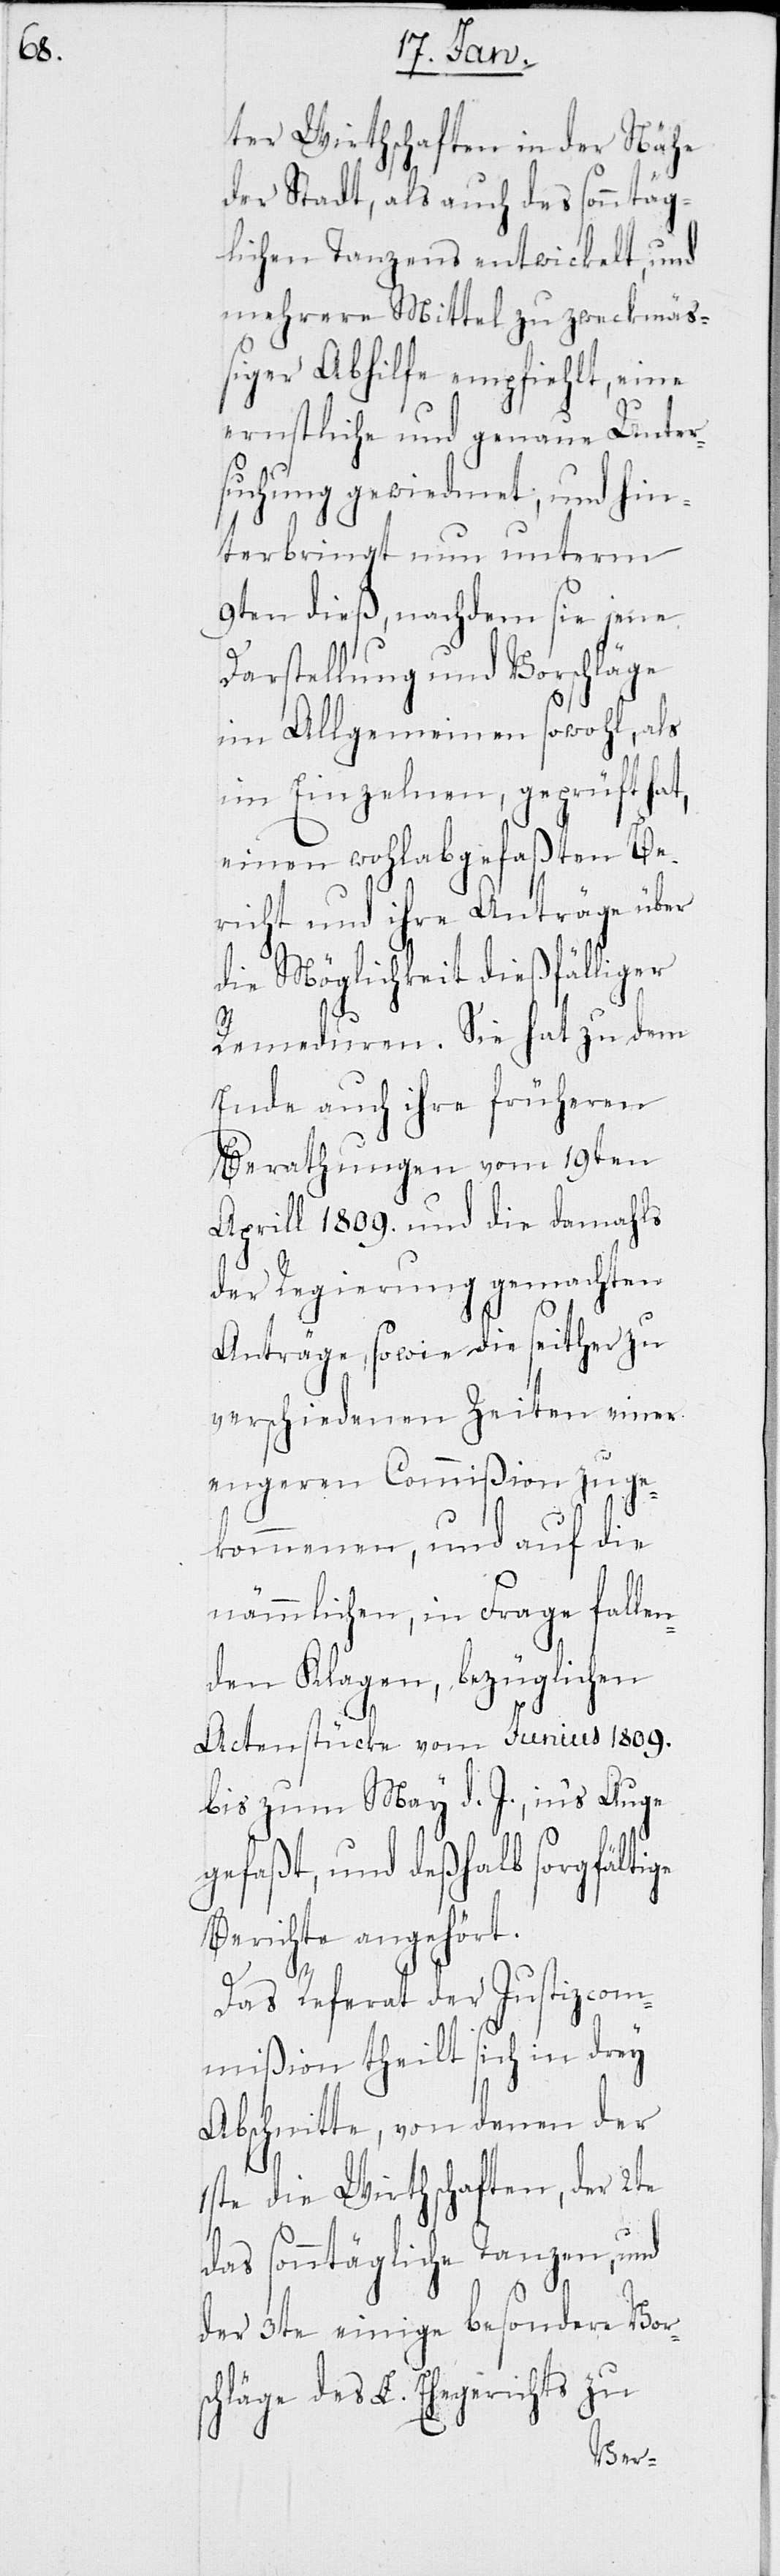
ter Wirthschaften in der Nähe
der Stadt, als auch des sonntäg¬
lichen Tanzens entwickelt, und
mehrere Mittel zu zweckmäß¬
iger Abhilfe empfiehlt, eine
ernstliche und genaue Unter¬
suchung gewiedmet, und hin¬
terbringt nun unterm
9ten dieß, nachdem sie jene
Darstellung und Vorschläge
im Allgemeinen sowohl, als
im Einzelnen, geprüft hat,
einen wohlabgefaßten Be¬
richt und ihre Anträge über
die Möglichkeit dießfälliger
Remeduren. Sie hat zu dem
Ende auch ihre früheren
Berathungen vom 19ten
Aprill 1809. und die damahls
der Regierung gemachten
Anträge, sowie die seither zu
verschiedenen Zeiten einer
engeren Commißion zuge¬
kommenen, und auf die
nämmlichen, in Frage falle¬
nden Klagen, bezüglichen
Actenstücke vom Junius 1809.
bis zum May d. J., in’s Auge
gefaßt, und deshalb sorgfältige
Berichte angehört.
Das Referat der Justizcom¬
mißion theilt sich in drey
Abschnitte, von denen der
1ste die Wirthschaften, der 2te
das sonntägliche Tanzen, und
der 3te einige besondere Vors¬
chläge des L. Ehegerichts zu